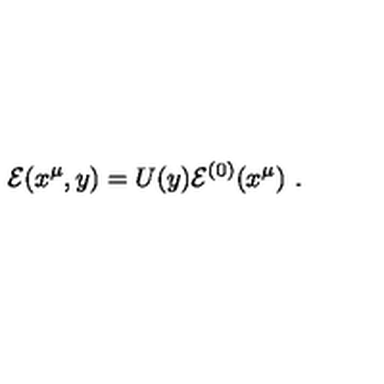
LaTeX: { \cal E } ( x ^ { \mu } , y ) = U ( y ) { \cal E } ^ { ( 0 ) } ( x ^ { \mu } ) \ .